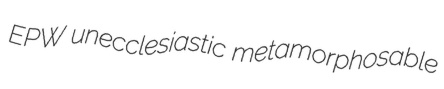
EPW unecclesiastic metamorphosable